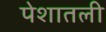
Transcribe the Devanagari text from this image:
पेशातली